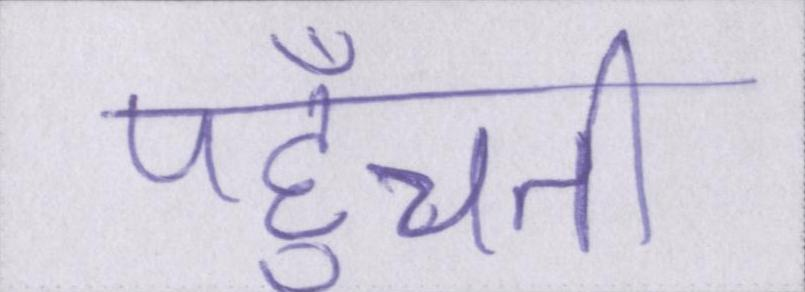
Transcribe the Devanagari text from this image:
पहुँचती